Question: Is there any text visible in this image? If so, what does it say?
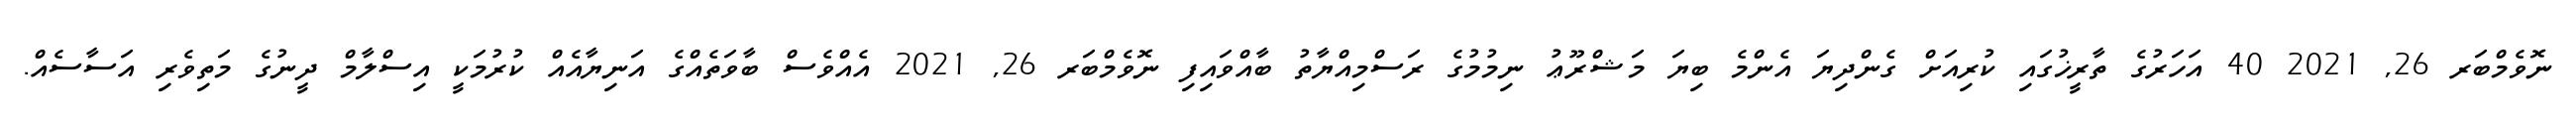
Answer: ނޮވެމްބަރ 26, 2021 40 އަހަރުގެ ތާރީޚުގައި ކުރިއަށް ގެންދިޔަ އެންމެ ބިޔަ މަޝްރޫޢު ނިމުމުގެ ރަސްމިއްޔާތު ބާއްވައިފި ނޮވެމްބަރ 26, 2021 އެއްވެސް ބާވަތެއްގެ އަނިޔާއެއް ކުރުމަކީ އިސްލާމް ދީނުގެ މަތިވެރި އަސާސެއް.